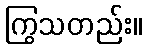
ကြွသတည်း။